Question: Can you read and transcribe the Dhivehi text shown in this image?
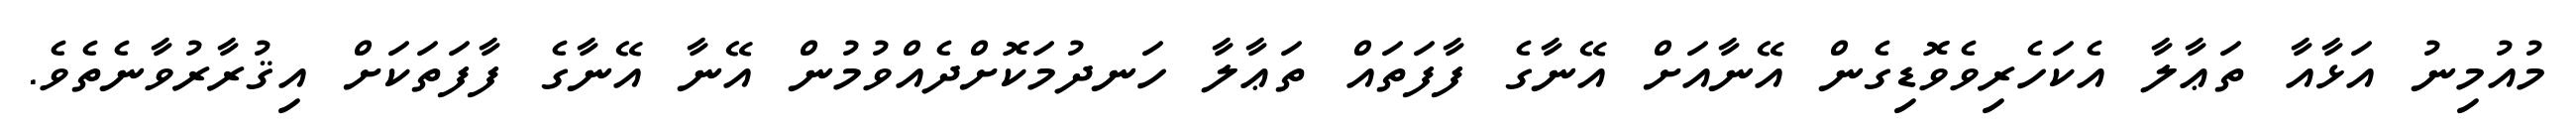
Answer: މުއުމިނު އަޅާއާ ތަޢާލާ އެކަހެރިވެވޮޑިގެން އޭނާއަށް އޭނާގެ ފާފަތައް ތަޢާލާ ހަނދުމަކޮށްދެއްވުމުން އޭނާ އޭނާގެ ފާފަތަކަށް އިޤުރާރުވާނެތެވެ.